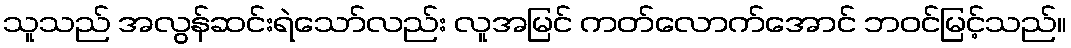
သူသည် အလွန်ဆင်းရဲသော်လည်း လူအမြင် ကတ်လောက်အောင် ဘဝင်မြင့်သည်။